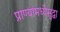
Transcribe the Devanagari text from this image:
प्राण्यांमध्येसुद्धा